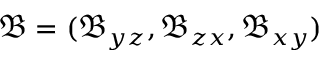
\boldsymbol { \mathfrak { B } } = ( \mathfrak { B } _ { y z } , \mathfrak { B } _ { z x } , \mathfrak { B } _ { x y } )